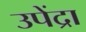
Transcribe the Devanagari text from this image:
उपेंद्रा